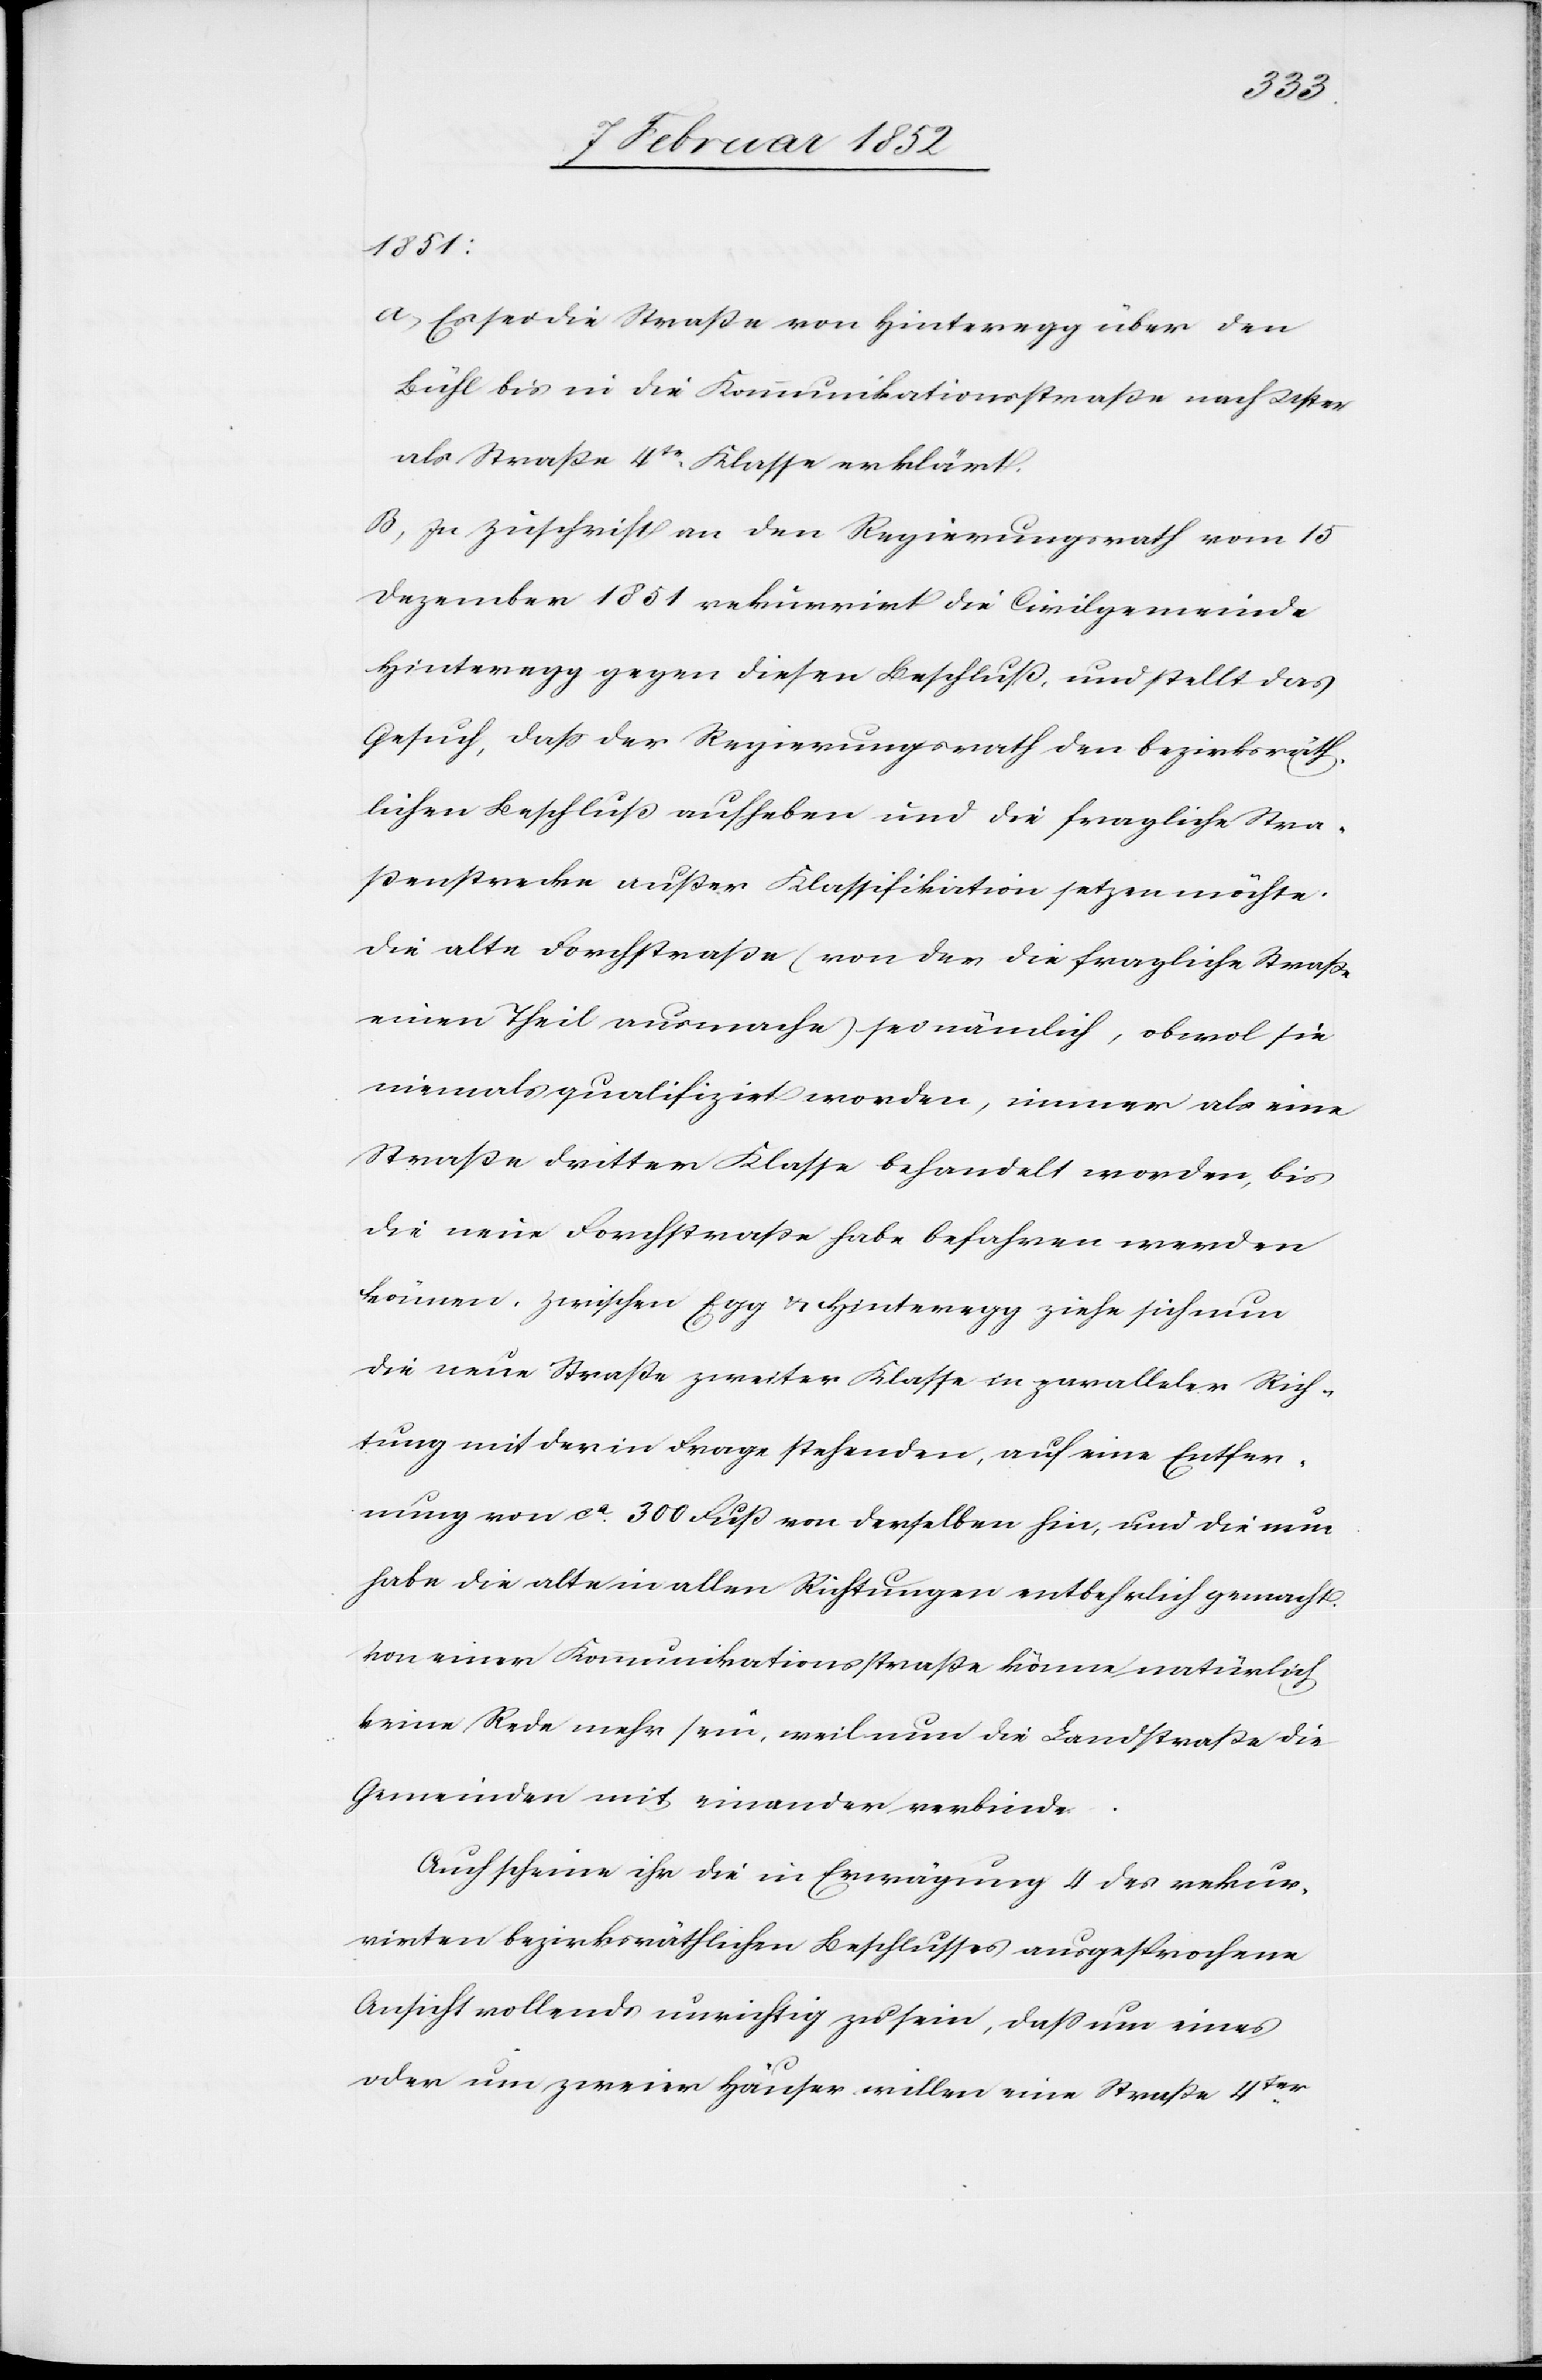
1851:
a) Es sei die Straße von Hinteregg über den
Bühl bis in die Kommunikationsstraße nach Uster
als Straße 4tr Klasse erklärt.
B) In Zuschrift an den Regierungsrath vom 15
Dezember 1851 rekurrirt die Civilgemeinde
Hinteregg gegen diesen Beschluß, und stellt das
Gesuch, daß der Regierungsrath den bezirksräth¬
lichen Beschluß aufheben und die fragliche Stra¬
ßenstrecke außer Klassifikation setzen möchte.
Die alte Forchstraße (von der die fragliche Straße
einen Theil ausmache) sei nämlich, obwol sie
niemals qualifizirt worden, immer als eine
Straße dritter Klasse behandelt worden, bis
die neue Forchstraße habe befahren werden
können, zwischen Egg u. Hinteregg ziehe sich nun
die neue Straße zweiter Klasse in paralleler Rich¬
tung mit der in Frage stehenden, auf eine Entfer¬
nung von ca 300 Fuß um von derselben hin, und die nun
habe die alte in allen Richtungen entbehrlich gemacht.
Von einer Kommunikationsstraße könne natürlich
keine Rede mehr sein, weil nun die Landstraße die
Gemeinden mit einander verbinde.
Auch scheine ihr die in Erwägung II des rekur¬
rirten bezirksräthlichen Beschlußes ausgesprochene
Ansicht vollends unrichtig zu sein, daß um eines
oder um zweier Häuser willen eine Straße 4ter